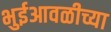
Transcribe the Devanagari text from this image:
भुईआवळीच्या